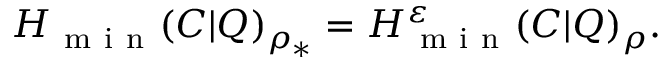
H _ { \mathrm { ~ m ~ i ~ n ~ } } ( C | Q ) _ { \rho _ { \ast } } = H _ { \mathrm { ~ m ~ i ~ n ~ } } ^ { \varepsilon } ( C | Q ) _ { \rho } .